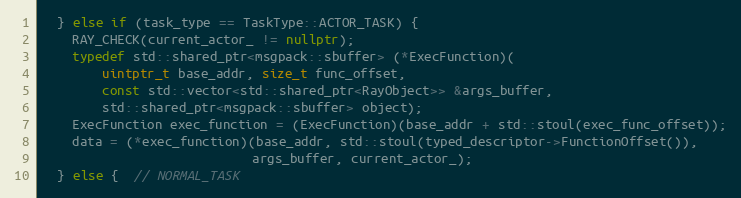
Language: C++
  } else if (task_type == TaskType::ACTOR_TASK) {
    RAY_CHECK(current_actor_ != nullptr);
    typedef std::shared_ptr<msgpack::sbuffer> (*ExecFunction)(
        uintptr_t base_addr, size_t func_offset,
        const std::vector<std::shared_ptr<RayObject>> &args_buffer,
        std::shared_ptr<msgpack::sbuffer> object);
    ExecFunction exec_function = (ExecFunction)(base_addr + std::stoul(exec_func_offset));
    data = (*exec_function)(base_addr, std::stoul(typed_descriptor->FunctionOffset()),
                            args_buffer, current_actor_);
  } else {  // NORMAL_TASK